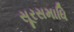
સૂરસમાધિ